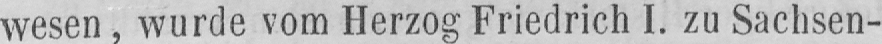
wesen, wurde vom Herzog Friedrich I. zu Sachsen-